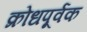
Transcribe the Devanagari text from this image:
क्रोधपूर्वक